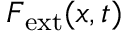
\boldsymbol { F } _ { \mathrm { e x t } } ( \boldsymbol { x } , t )